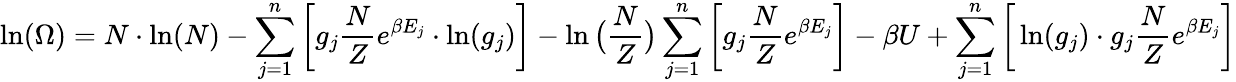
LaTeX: \ln(\Omega)=N\cdot\ln(N)-\sum_{j=1}^{n}\bigg[g_{j}\frac{N}{Z}e^{\beta E_{j}}\cdot\ln(g_{j})\bigg]-\ln\big(\frac{N}{Z}\big)\sum_{j=1}^{n}\bigg[g_{j}\frac{N}{Z}e^{\beta E_{j}}\bigg]-\beta U+\sum_{j=1}^{n}\bigg[\ln(g_{j})\cdot g_{j}\frac{N}{Z}e^{\beta E_{j}}\bigg]